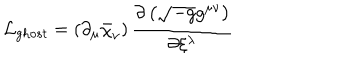
LaTeX: { \cal L } _ { g h o s t } = \left( \partial _ { \mu } \bar { \chi } _ { \nu } \right) \frac { \partial \left( \sqrt { - g } g ^ { \mu \nu } \right) } { \partial \xi ^ { \lambda } }